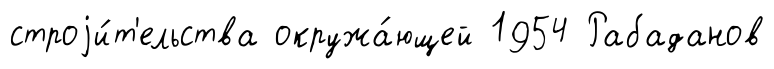
строjи́т'ельства окружа́ющей 1954 Рабаданов